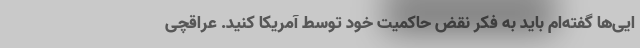
ایی‌ها گفته‌ام باید به فکر نقض حاکمیت خود توسط آمریکا کنید. عراقچی